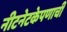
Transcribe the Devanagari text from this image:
नीटनेटकेपणाची